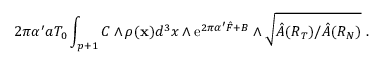
2 \pi \alpha ^ { \prime } a T _ { 0 } \int _ { p + 1 } C \wedge \rho ( { \bf x } ) d ^ { 3 } x \wedge \mathrm { e } ^ { 2 \pi \alpha ^ { \prime } { \hat { F } } + B } \wedge \sqrt { \hat { A } ( R _ { T } ) / \hat { A } ( R _ { N } ) } ~ .